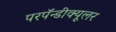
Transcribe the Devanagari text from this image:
परपॅन्डीक्यूलर